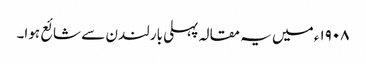
١٩٠٨ء میں یہ مقالہ پہلی بار لندن سے شائع ہوا۔